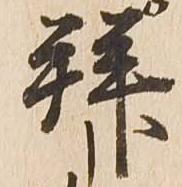
拝